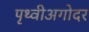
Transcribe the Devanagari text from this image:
पृथ्वीअगोदर